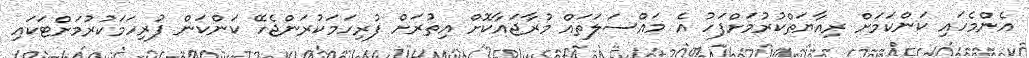
އެންމެހައި ކަންކަމަށް ރިއާޔަތްކުރުމަށްފަހު އެ މައްސަލަތައް މުރާޖައާކޮށް އިތުރަށް ފުރިހަމަކުރަންޖެހޭ ކަންކަން ފުރިހަމަކުރުމަށްޓަކައި